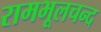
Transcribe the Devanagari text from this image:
रामभूलचन्द